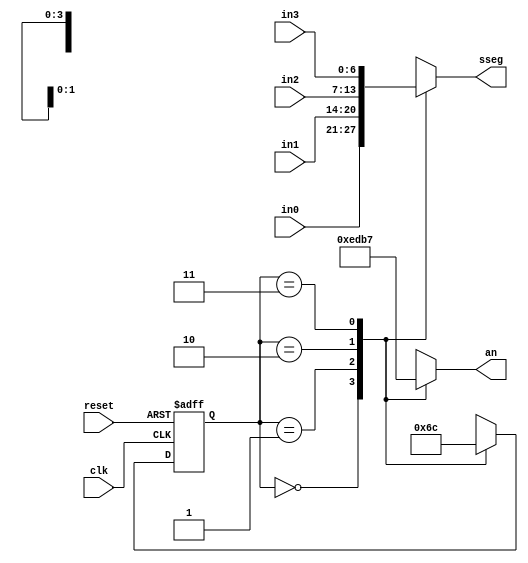
`timescale 1ns / 1ps



module time_mux_state_machine(
    input clk,
    input reset,
    input [6:0] in0,
    input [6:0] in1,
    input [6:0] in2,
    input [6:0] in3,
    output reg [3:0] an,
    output reg [6:0] sseg
    );
    
    reg [1:0] state = 2'b00;
    reg [1:0] next_state;
    
    
    always @(*) begin
        case (state)
            2'b00: next_state = 2'b01;
            2'b01: next_state = 2'b10;
            2'b10: next_state = 2'b11;
            2'b11: next_state = 2'b00;
        endcase
     end
        
     always @(*) begin
        case (state)
            2'b00: sseg = in0;
            2'b01: sseg = in1;
            2'b10: sseg = in2;
            2'b11: sseg = in3;
        endcase
        
        case(state)
            2'b00: an = 4'b1110;
            2'b01: an = 4'b1101;
            2'b10: an = 4'b1011;
            2'b11: an = 4'b0111;
        endcase
    end
    
    always @(posedge clk or posedge reset) begin
        if(reset) 
            state<= 2'b00;
        else
            state <= next_state;
    end
    
endmodule